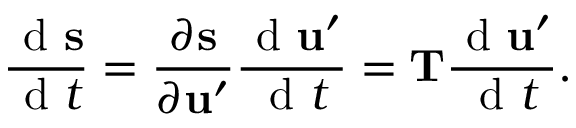
\frac { \mathrm { ~ d ~ } \mathbf { s } } { \mathrm { ~ d ~ } t } = \frac { \partial \mathbf { s } } { \partial \mathbf { u } ^ { \prime } } \frac { \mathrm { ~ d ~ } \mathbf { u } ^ { \prime } } { \mathrm { ~ d ~ } t } = \mathbf { T } \frac { \mathrm { ~ d ~ } \mathbf { u } ^ { \prime } } { \mathrm { ~ d ~ } t } .